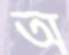
অ